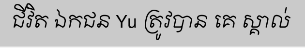
ជីវិត ឯកជន Yu ត្រូវបាន គេ ស្គាល់